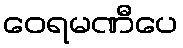
ဝေရမဏီပေ